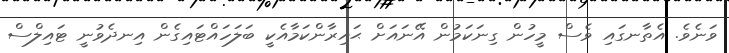
ވަނެވެ. އެތާނގައި ވެސް މީހުން ގިނަކަމުން އޭނައަށް ޙައިރާންކަމާއެކީ ބަލަހައްޓައިގެން އިނދެވުނީ ޓައިލްސް